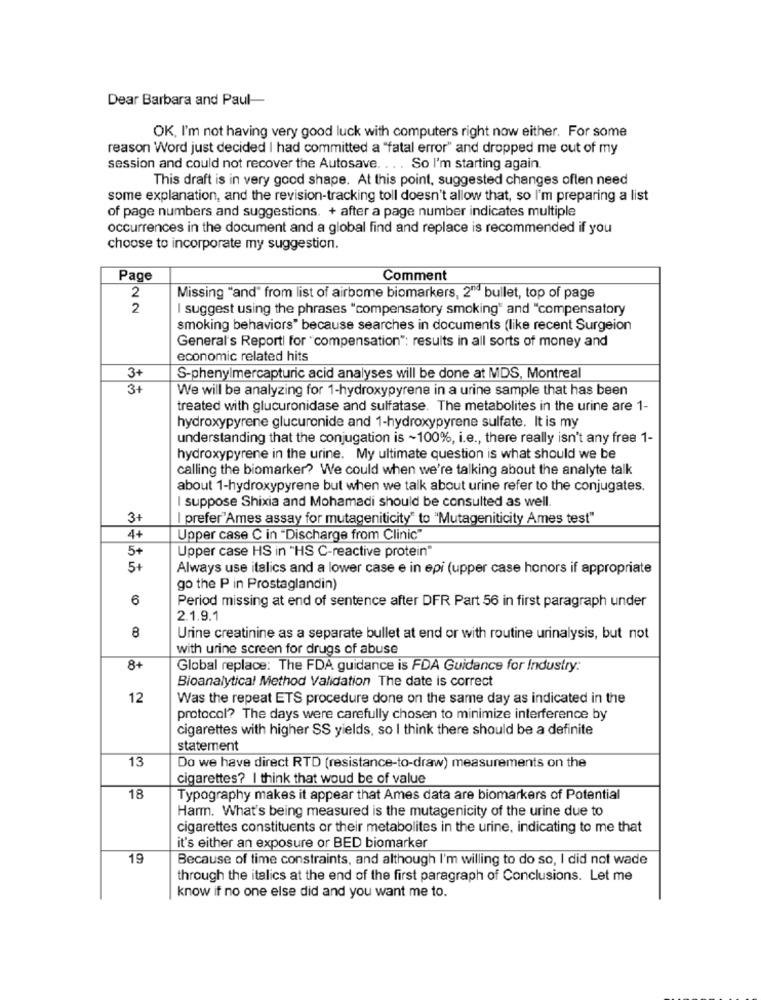
Dear Barbara and Paul-
OK, I'm not having very good luck with computers right now either. For some
reason Word just decided I had committed a "fatal error" and dropped me out of my
session and could not recover the Autosave. . . . So I'm starting again
This draft is in very good shape. At this point, suggested changes often need
some explanation, and the revision-tracking toll doesn't allow that, so I'm preparing a list
of page numbers and suggestions. + after a page number indicates multiple
occurrences in the document and a global find and replace is recommended if you
choose to incorporate my suggestion.
Page
Comment
2
Missing "and" from list of airbome biomarkers, 2" bullet, top of page
2
I suggest using the phrases "compensatory smoking" and "compensatory
smoking behaviors" because searches in documents (like recent Surgeion
General's Reporti for "compensation"; results in all sorts of money and
economic related hits
3+
S-phenylmercapturic acid analyses will be done at MDS, Montreal
3+
We will be analyzing for 1-hydroxypyrene in a urine sample that has been
treated with glucuronidase and sulfatase. The metabolites in the urine are 1-
hydroxypyrene glucuronide and 1-hydroxypyrene sulfate. It is my
understanding that the conjugation is ~100%, i.e ., there really isn't any free 1-
hydroxypyrene in the urine. My ultimate question is what should we be
calling the biomarker? We could when we're talking about the analyte talk
about 1-hydroxypyrene but when we talk about urine refer to the conjugates.
suppose Shixia and Mohamadi should be consulted as well.
3+
prefer'Ames assay for mutageniticity" to "Mutageniticity Ames test"
4+
Upper case C in "Discharge from Clinic"
5+
Upper case HS in "HS C-reactive protein"
5+
Always use italics and a lower case e in epi (upper case honors if appropriate
go the P in Prostaglandin)
6
Period missing at end of sentence after DFR Part 56 in first paragraph under
2.1.9.1
8
Urine creatinine as a separate bullet at end or with routine urinalysis, but not
with urine screen for drugs of abuse
8+
Global replace: The FDA guidance is FDA Guidance for Industry:
Bioanalytical Method Validation The date is correct
12
Was the repeat ETS procedure done on the same day as indicated in the
protocol? The days were carefully chosen to minimize interference by
cigarettes with higher SS yields, so I think there should be a definite
statement
13
Do we have direct RTD (resistance-to-draw) measurements on the
cigarettes? I think that woud be of value
18
Typography makes it appear that Ames data are biomarkers of Potential
Harm. What's being measured is the mutagenicity of the urine due to
cigarettes constituents or their metabolites in the urine, indicating to me that
it's either an exposure or BED biomarker
19
Because of time constraints, and although I'm willing to do so, I did not wade
through the italics at the end of the first paragraph of Conclusions. Let me
know if no one else did and you want me to.